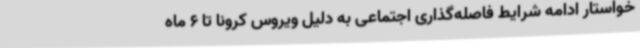
خواستار ادامه شرایط فاصله‌گذاری اجتماعی به دلیل ویروس کرونا تا 6 ماه